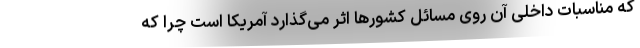
که مناسبات داخلی آن روی مسائل کشورها اثر می‌گذارد آمریکا است چرا که